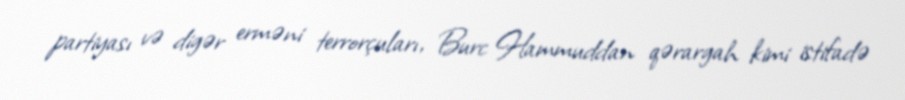
partiyası və digər erməni terrorçuları, Burc Hammuddan qərargah kimi istifadə